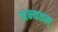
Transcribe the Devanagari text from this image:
अन्यतम्